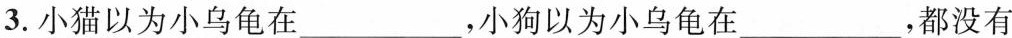
3.小猫以为小乌龟在___，小狗以为小乌龟在___，都没有)